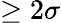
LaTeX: \geq 2\sigma